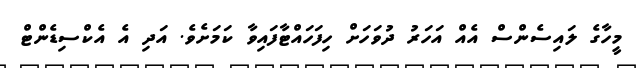
މީހާގެ ލައިސެންސް އެއް އަހަރު ދުވަހަށް ހިފަހައްޓާފައިވާ ކަމަށެވެ. އަދި އެ އެކްސިޑެންޓް